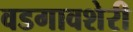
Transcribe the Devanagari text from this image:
वडगावशेरी